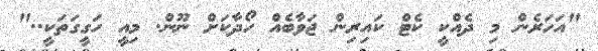
"އަހަރެން މި ދެއްކީ ކެޓް ކައިރިން ޖަވާބެއް ހޯދާކަށް ނޫން. މިއީ ހަގީގަތަކީ.."